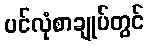
ပင်လုံစာချုပ်တွင်